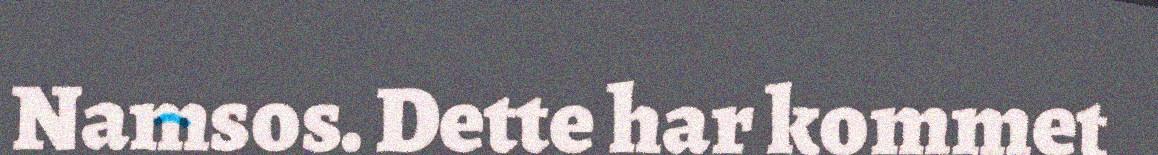
Namsos. Dette har kommet